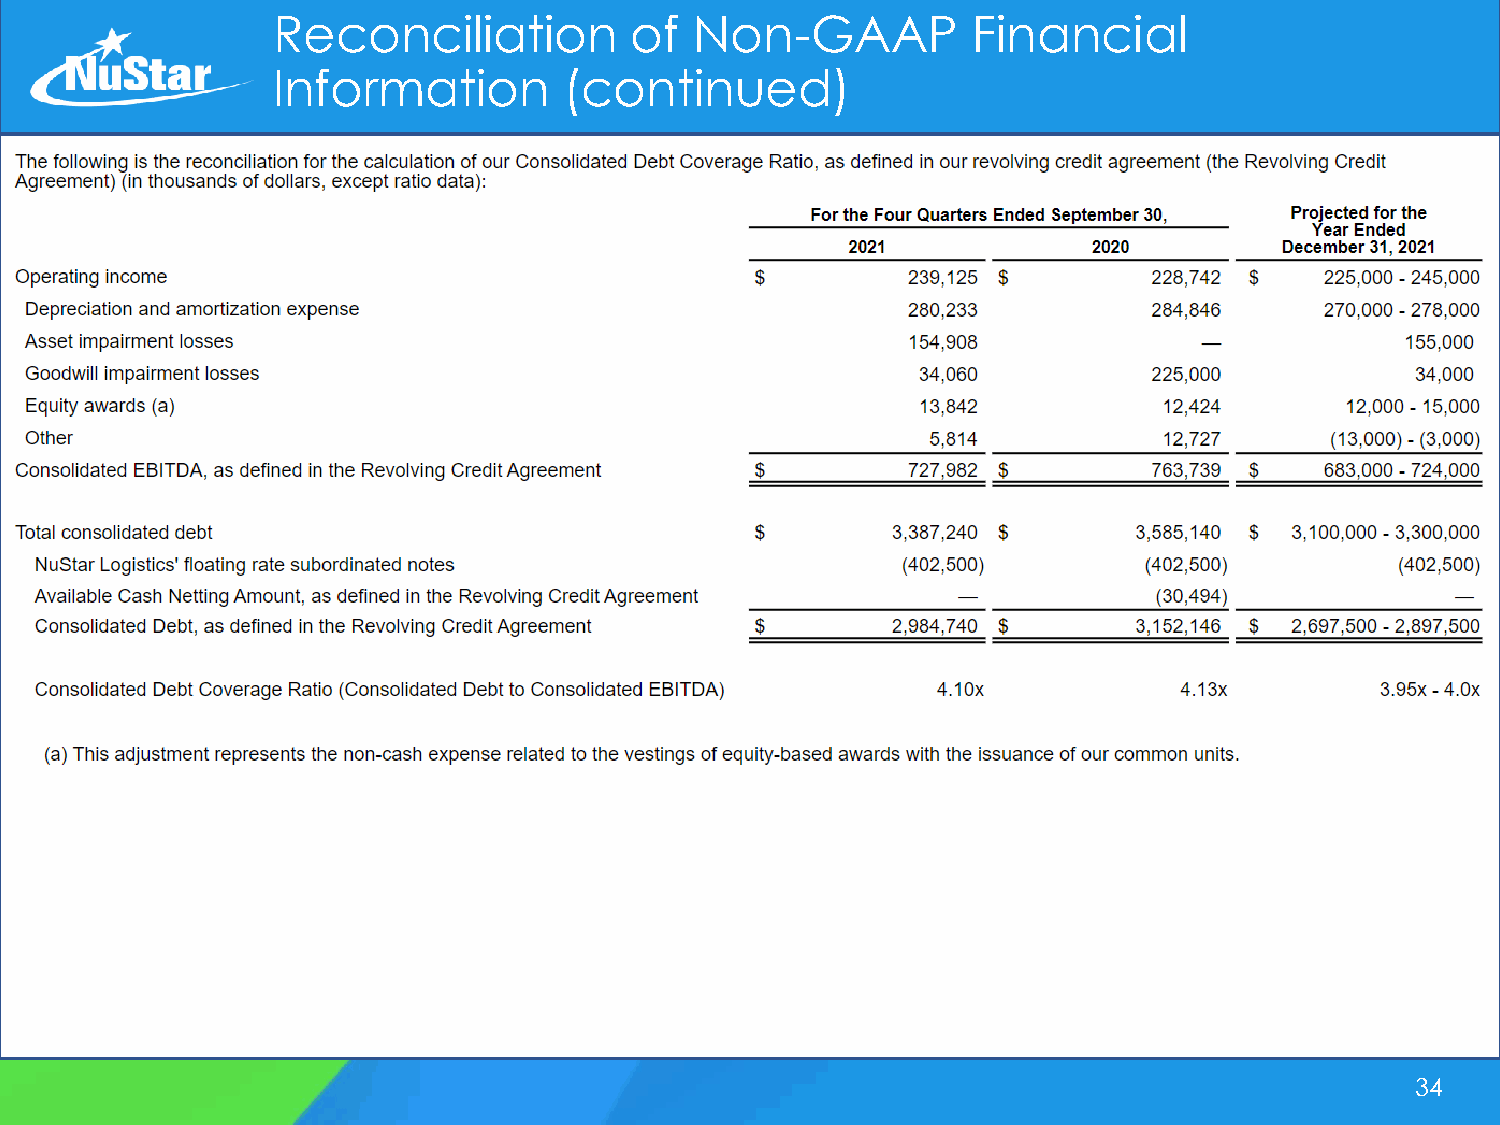
Reconciliation          of  Non-GAAP          Financial
 Information        (continued)
 34